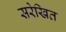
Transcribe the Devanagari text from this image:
सरेखित